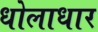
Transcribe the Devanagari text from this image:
धोलाधार